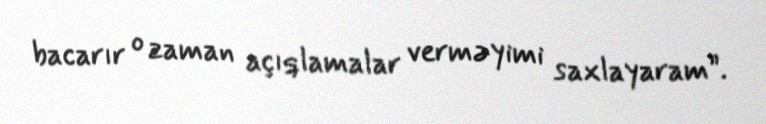
bacarır o zaman açıqlamalar verməyimi saxlayaram”.